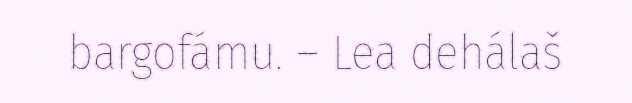
bargofámu. – Lea dehálaš